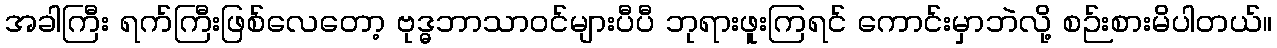
အခါကြီး ရက်ကြီးဖြစ်လေတော့ ဗုဒ္ဓဘာသာဝင်များပီပီ ဘုရားဖူးကြရင် ကောင်းမှာဘဲလို့ စဉ်းစားမိပါတယ်။